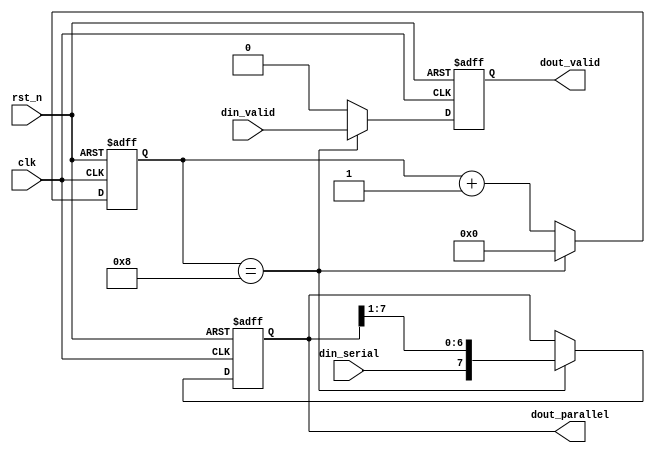
 module serial2parallel(
	input clk,
	input rst_n,
	input din_serial,
	input din_valid,
	output [7:0] dout_parallel,
	output dout_valid
);
	reg [3:0] cnt;
	reg [7:0] dout;
	reg dout_valid_tmp;
	always @(posedge clk or negedge rst_n) begin
		if (rst_n == 0) begin
			cnt <= 0;
			dout <= 0;
			dout_valid_tmp <= 0;
		end else begin
			if (cnt == 4'd8) begin
				cnt <= 0;
			end else begin
				cnt <= cnt + 1'b1;
			end
			if (cnt == 4'd8) begin
				dout <= {din_serial, dout[7:1]};
			end
			if (cnt == 4'd8) begin
				dout_valid_tmp <= din_valid;
			end else begin
				dout_valid_tmp <= 0;
			end
		end
	end
	assign dout_parallel = dout;
	assign dout_valid = dout_valid_tmp;
endmodule